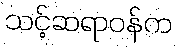
သင့်ဆရာဝန်က